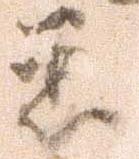
悉